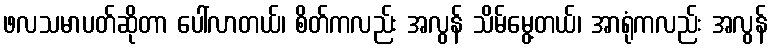
ဖလသမာပတ်ဆိုတာ ပေါ်လာတယ်၊ စိတ်ကလည်း အလွန် သိမ်မွေ့တယ်၊ အာရုံကလည်း အလွန်